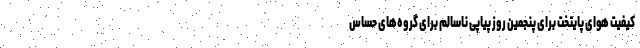
کیفیت هوای پایتخت برای پنجمین روز پیاپی ناسالم برای گروه‌های حساس